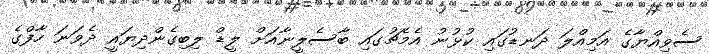
ސެވިއްޔާގެ އަމިއްލަ ދަނޑުގައި ކުޅުނު އެމެޗުގައި ބާސެލީނާއަށް ލީޑް ލިބިގެންދިޔައީ ދެވަނަ ހާފްގެ